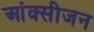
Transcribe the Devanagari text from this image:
आंक्सीजन